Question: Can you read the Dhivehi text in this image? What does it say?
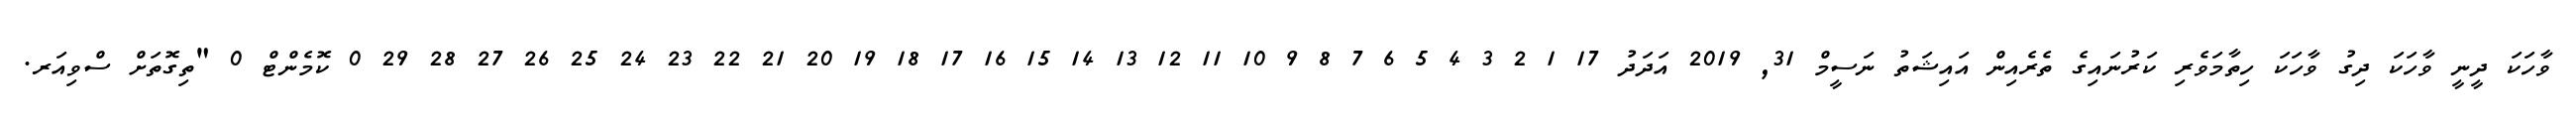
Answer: ވާހަކަ ދީނީ ވާހަކަ ދިގު ވާހަކަ ހިތާމަވެރި ކަރުނައިގެ ތެރެއިން އައިޝަތު ނަސީމް 31, 2019 އަދަދު 17 1 2 3 4 5 6 7 8 9 10 11 12 13 14 15 16 17 18 19 20 21 22 23 24 25 26 27 28 29 0 ކޮމެންޓް 0 "ތިގޮތަށް ސްވިއަރ.